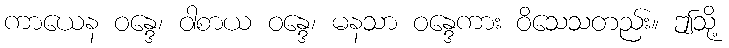
ကာယေန ဝန္ဒေ၊ ဝါစာယ ဝန္ဒေ၊ မနသာ ဝန္ဒေကား ဝိသေသတည်း။ ဤသို့